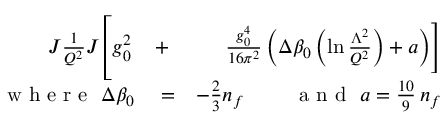
\begin{array} { r l r } { \! \! \! \! \! \! \! \! \! \! \! \! J { \frac { 1 } { Q ^ { 2 } } } J \left[ \rule { 0 cm } { 7 mm } g _ { 0 } ^ { 2 } \right. } & { { } + } & { \left. { \frac { g _ { 0 } ^ { 4 } } { 1 6 \pi ^ { 2 } } } \left( \Delta \beta _ { 0 } \left( \ln { \frac { \Lambda ^ { 2 } } { Q ^ { 2 } } } \right) + a \right) \right] } \\ { \mathrm { ~ w ~ h ~ e ~ r ~ e ~ \ } \Delta \beta _ { 0 } } & { { } = } & { - \frac 2 3 n _ { f } \mathrm { ~ \qquad ~ a ~ n ~ d ~ \ } a = \frac { 1 0 } 9 \, n _ { f } } \end{array}